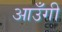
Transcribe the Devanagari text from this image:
आउँगी